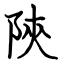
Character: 陝